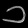
Digit: ၁